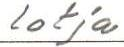
lotja